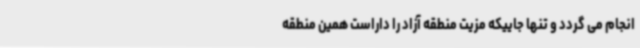
انجام می گردد و تنها جاییکه مزیت منطقه آزاد را داراست همین منطقه